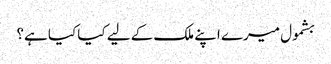
بشمول میرے اپنے ملک کے لیے کیا کیا ہے؟